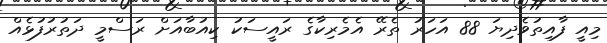
މިއީ ފާއިތުވެދިޔަ 88 އަހަރު ތެރޭ އެމެރިކާގެ ރައީސަކު ކިއުބާއަށް ރަސްމީ ދަތުރުފުޅެއް